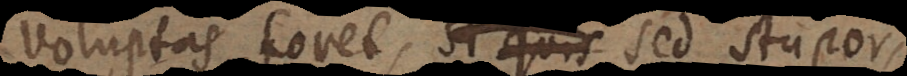
voluptas foret, si quis sed stupor,